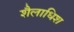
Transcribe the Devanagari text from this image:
शैलाधिश